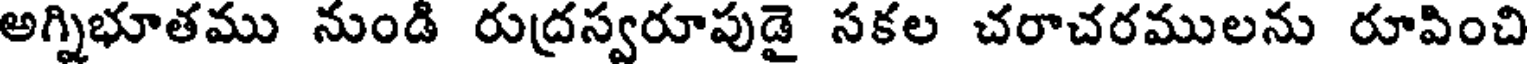
అగ్నిభూతము నుండి రుద్రస్వరూపుడై సకల చరాచరములను రూపించి